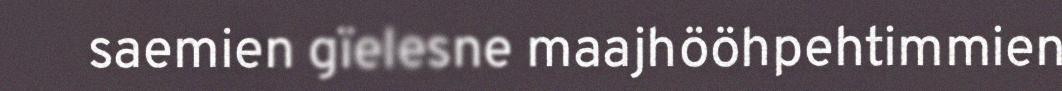
saemien gïelesne maajhööhpehtimmien